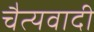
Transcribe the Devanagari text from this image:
चैत्यवादी